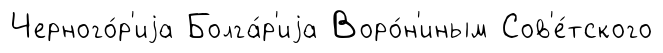
Черного́р'иjа Болга́р'иjа Воро́н'иным Сов'е́тского